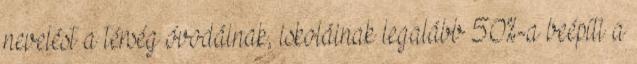
nevelést a térség óvodáinak, iskoláinak legalább 50%-a beépíti a